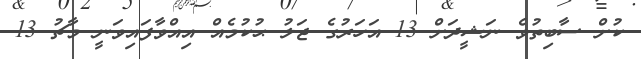
ކުށް ސާބިތުވެ ނަޝީދަށް 13 އަހަރުގެ ޖަލު ޙުކުމެއް އިއްވާފައިވަނީ މާޗު 13